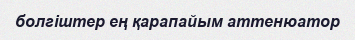
болгіштер ең қарапайым аттенюатор